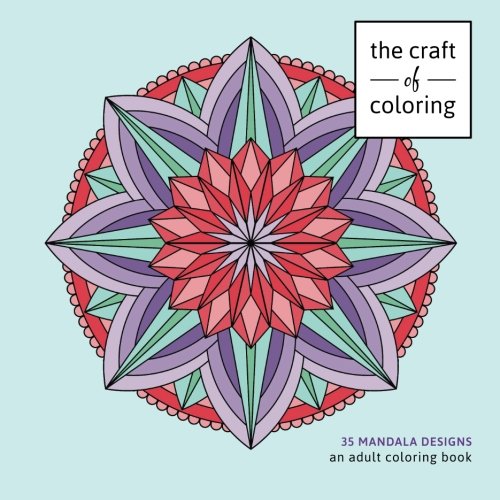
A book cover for The Craft of Coloring: 35 Mandala Designs: An Adult Coloring Book; The Craft of Coloring; Crafts, Hobbies & Home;